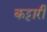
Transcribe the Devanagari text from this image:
कट्टारी